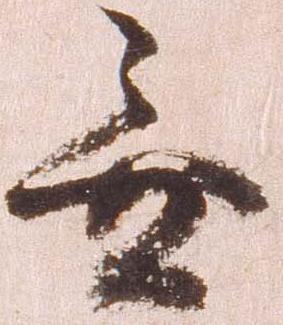
無